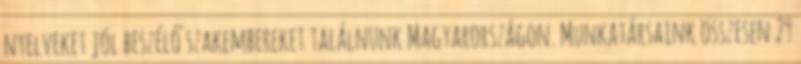
nyelveket jól beszélő szakembereket találnunk Magyarországon. Munkatársaink összesen 29